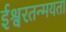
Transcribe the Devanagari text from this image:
ईश्वरतन्मयता